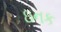
ઇનક